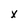
Character: x